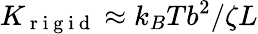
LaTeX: K_{\mathrm{~r~i~g~i~d~}}\approx k_{B}Tb^{2}/\zeta L